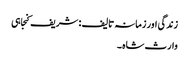
زندگی اور زمانہ تالیف : شریف کنجاہی
وارث شاہ ۔